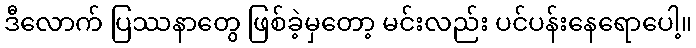
ဒီလောက် ပြဿနာတွေ ဖြစ်ခဲ့မှတော့ မင်းလည်း ပင်ပန်းနေရောပေါ့။